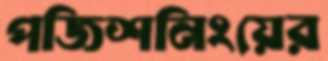
পজিশনিংয়ের